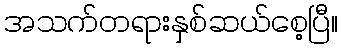
အသက်တရားနှစ်ဆယ်စေ့ပြီ။